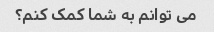
می توانم به شما کمک کنم؟